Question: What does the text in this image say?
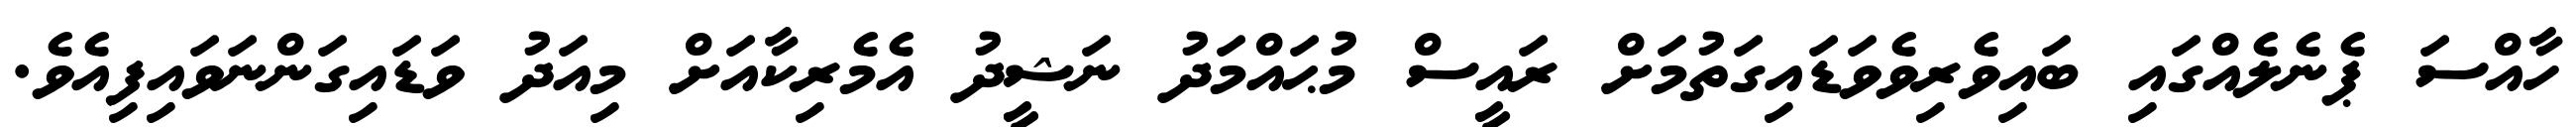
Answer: ހާއްސަ ޕެނެލެއްގައި ބައިވެރިވެވަޑައިގަތުމަށް ރައީސް މުޙައްމަދު ނަޝީދު އެމެރިކާއަށް މިއަދު ވަޑައިގަންނަވައިފިއެވެ.